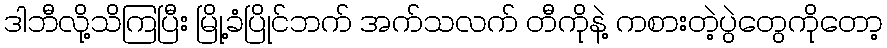
ဒါဘီလို့သိကြပြီး မြို့ခံပြိုင်ဘက် အက်သလက် တီကိုနဲ့ ကစားတဲ့ပွဲတွေကိုတော့